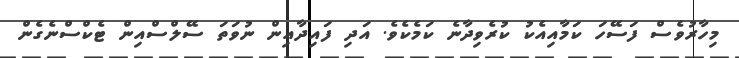
މިހާރުވެސް ފަސޭހަ ކަމާއިއެކު ކުރެވިދާނެ ކަމެކެވެ. އަދި ފައިދާއިން ނުވަތަ ސޭލްސްއިން ޓެކްސްނެގެން